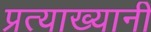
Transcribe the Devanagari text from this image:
प्रत्याख्यानी